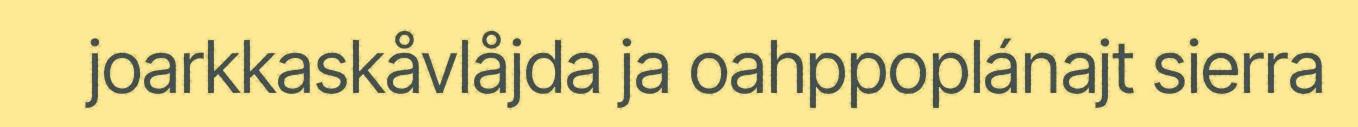
joarkkaskåvlåjda ja oahppoplánajt sierra